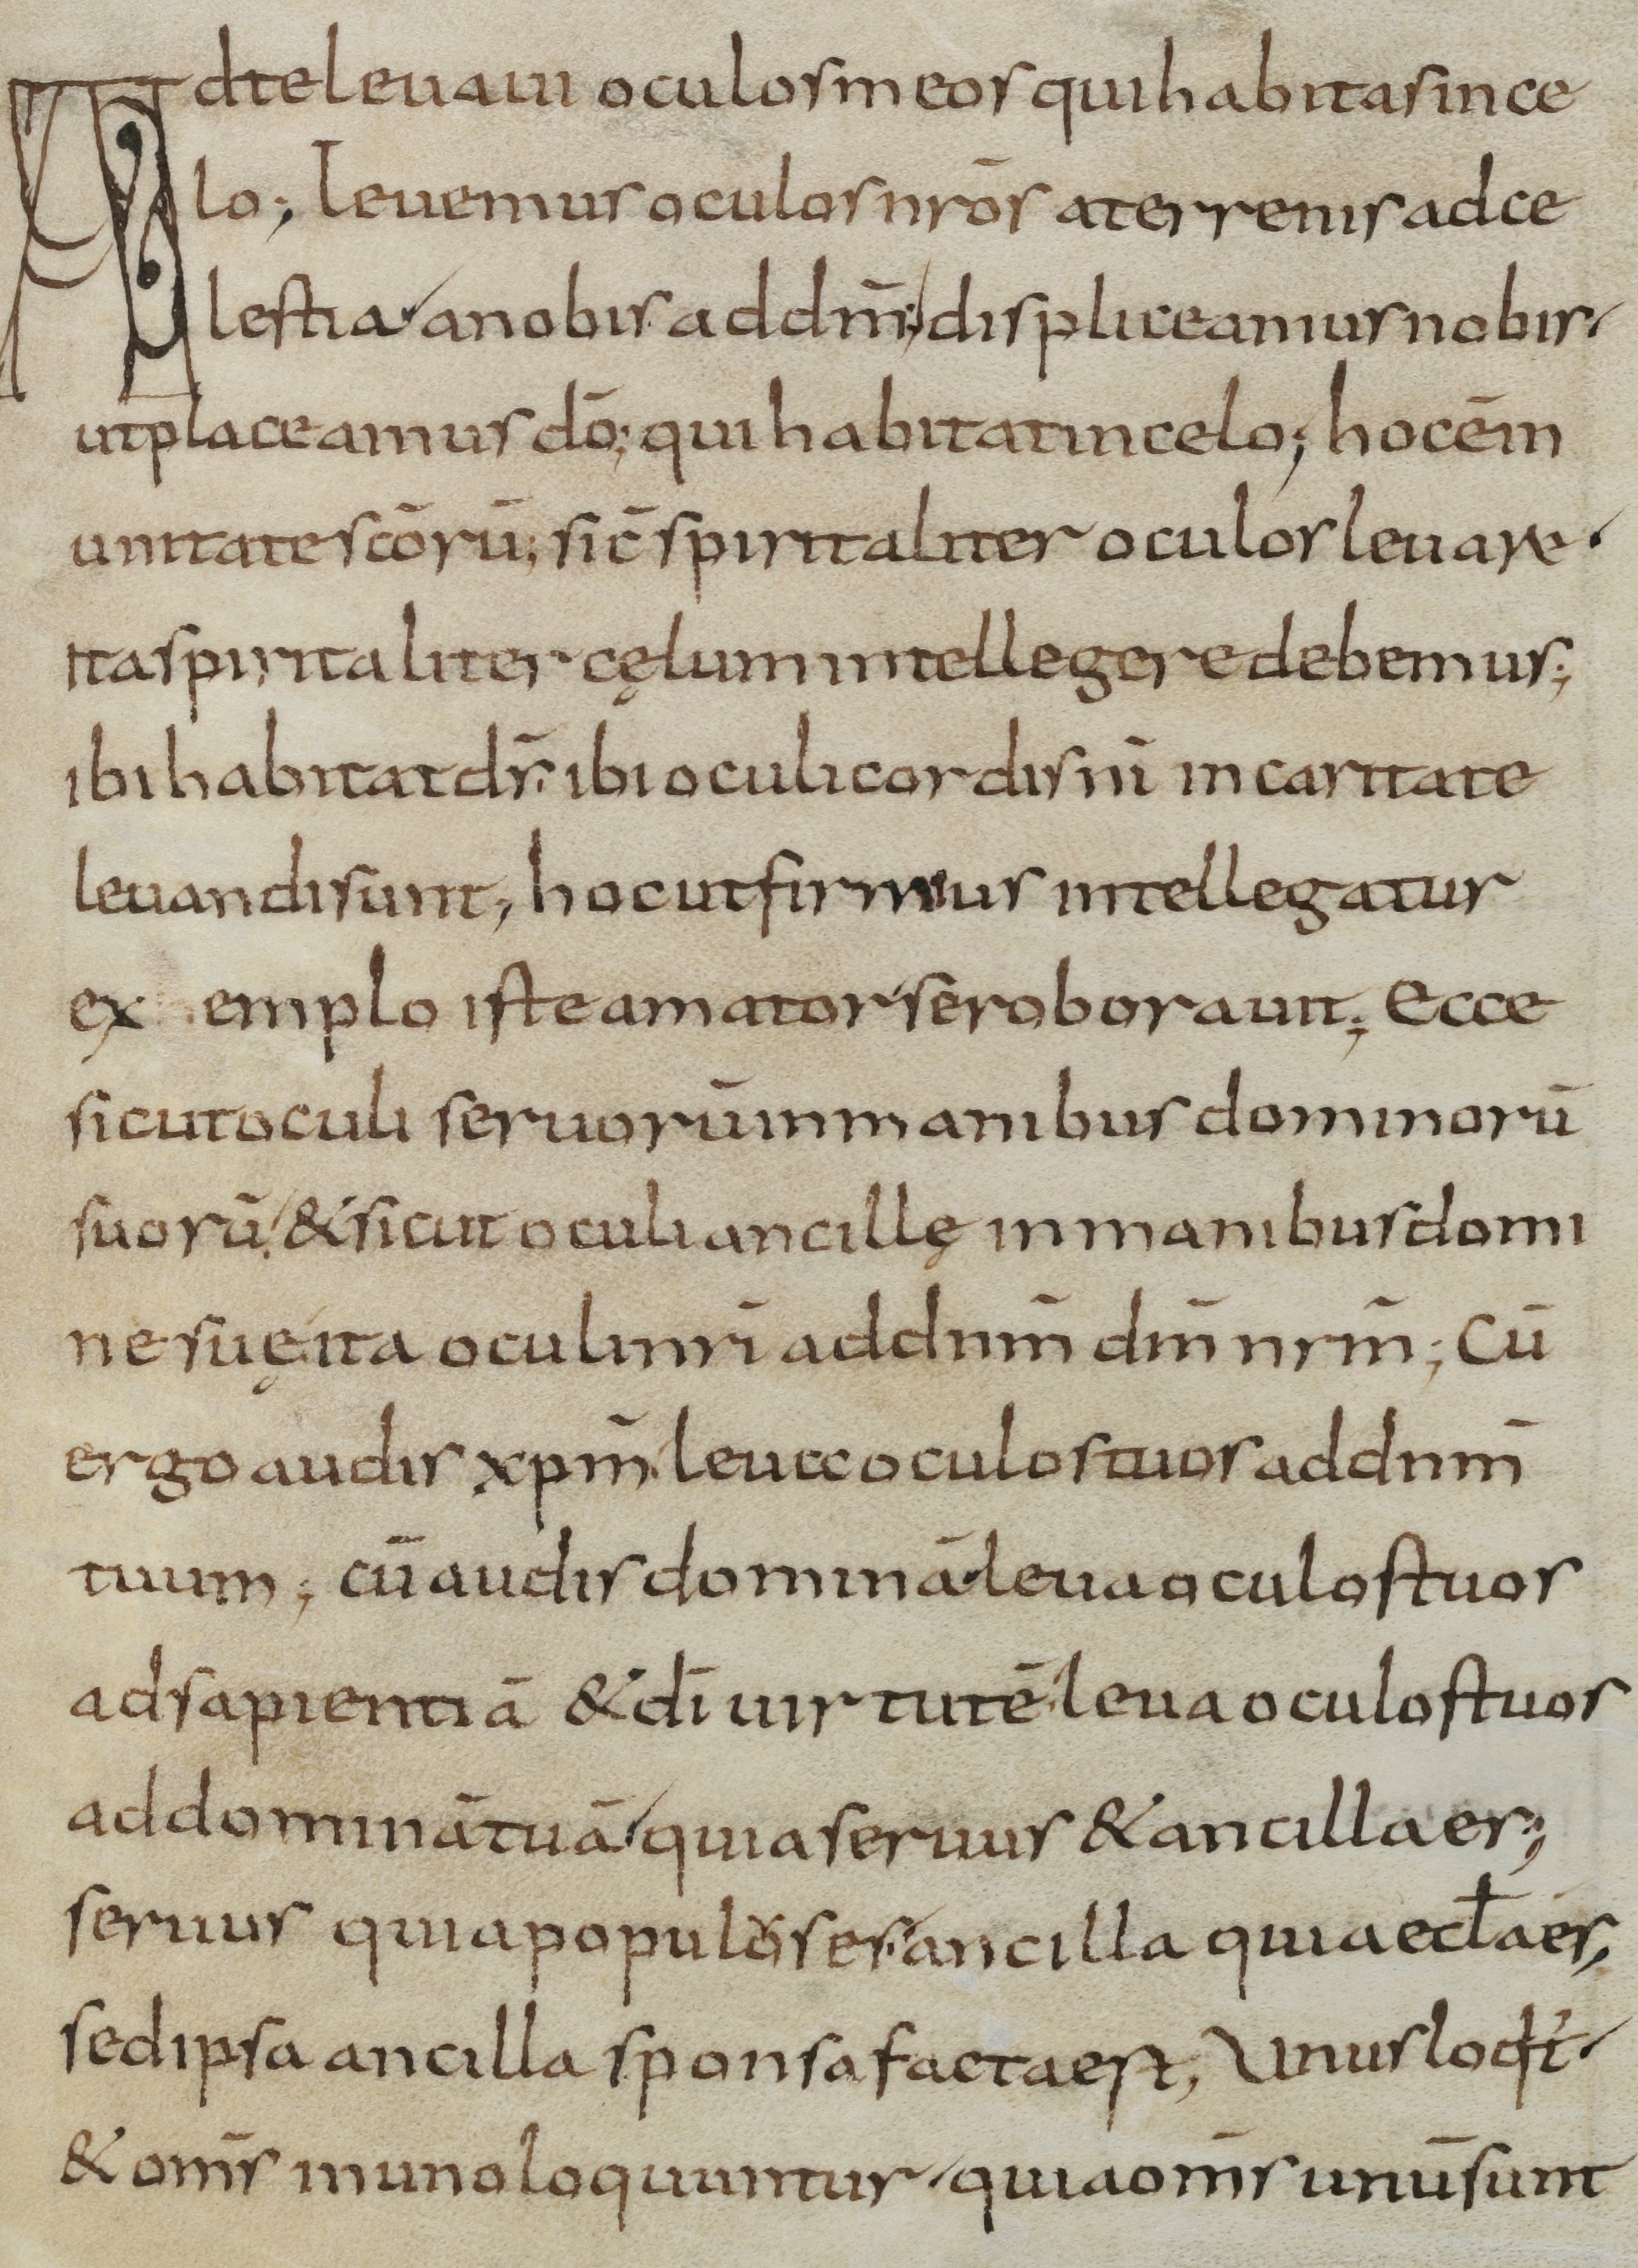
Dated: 900–999